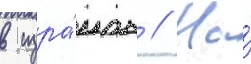
в изра́иль // На́